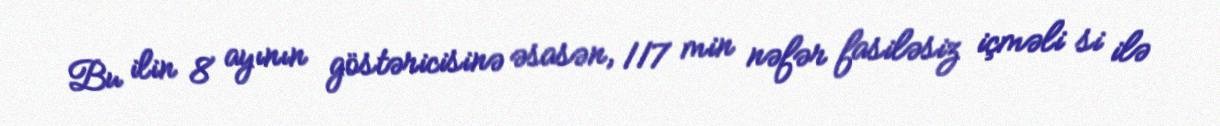
Bu ilin 8 ayının göstəricisinə əsasən, 117 min nəfər fasiləsiz içməli si ilə